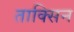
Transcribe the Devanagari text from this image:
ताक्सिन